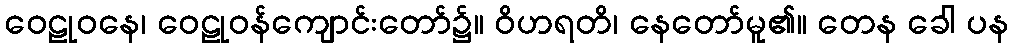
ဝေဠုဝနေ၊ ဝေဠုဝန်ကျောင်းတော်၌။ ဝိဟရတိ၊ နေတော်မူ၏။ တေန ခေါ ပန